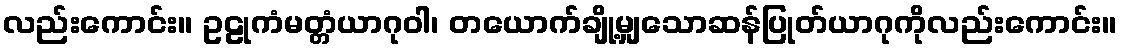
လည်းကောင်း။ ဥဠုကံမတ္တံယာဂုဝါ၊ တယောက်ချို့မျှသောဆန်ပြုတ်ယာဂုကိုလည်းကောင်း။